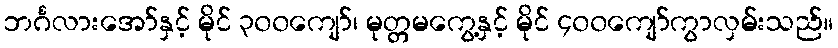
ဘင်္ဂလားအော်နှင့် မိုင် ၃၀၀ကျော်၊ မုတ္တမကွေ့နှင့် မိုင် ၄၀၀ကျော်ကွာလှမ်းသည်။